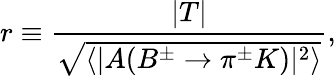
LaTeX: r\equiv\frac{|T|}{\sqrt{\langle|A(B^{\pm}\to\pi^{\pm}K)|^{2}\rangle}},